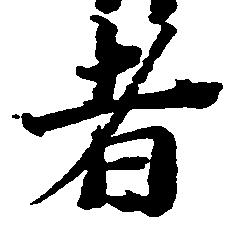
者